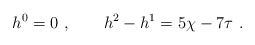
\begin{align*}h^0 = 0 \ ,\qquad h^2-h^1 = 5 \chi - 7 \tau \ . \end{align*}